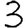
Digit: 3